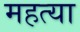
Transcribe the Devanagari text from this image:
महत्या